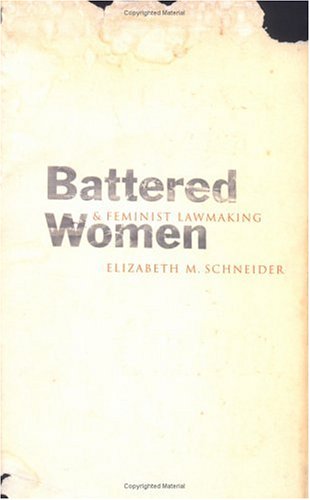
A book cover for Battered Women and Feminist Lawmaking; Professor Elizabeth M. Schneider; Law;